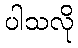
ပါသလို